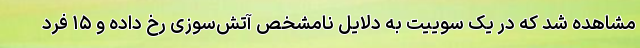
مشاهده شد که در یک سوییت به دلایل نامشخص آتش‌سوزی رخ داده و ۱۵ فرد